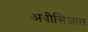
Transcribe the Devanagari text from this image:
अवीसिजास